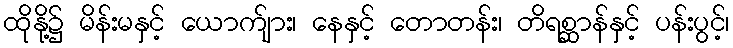
ထိုနို့၌ မိန်းမနှင့် ယောက်ျား၊ နေနှင့် တောတန်း၊ တိရစ္ဆာန်နှင့် ပန်းပွင့်၊